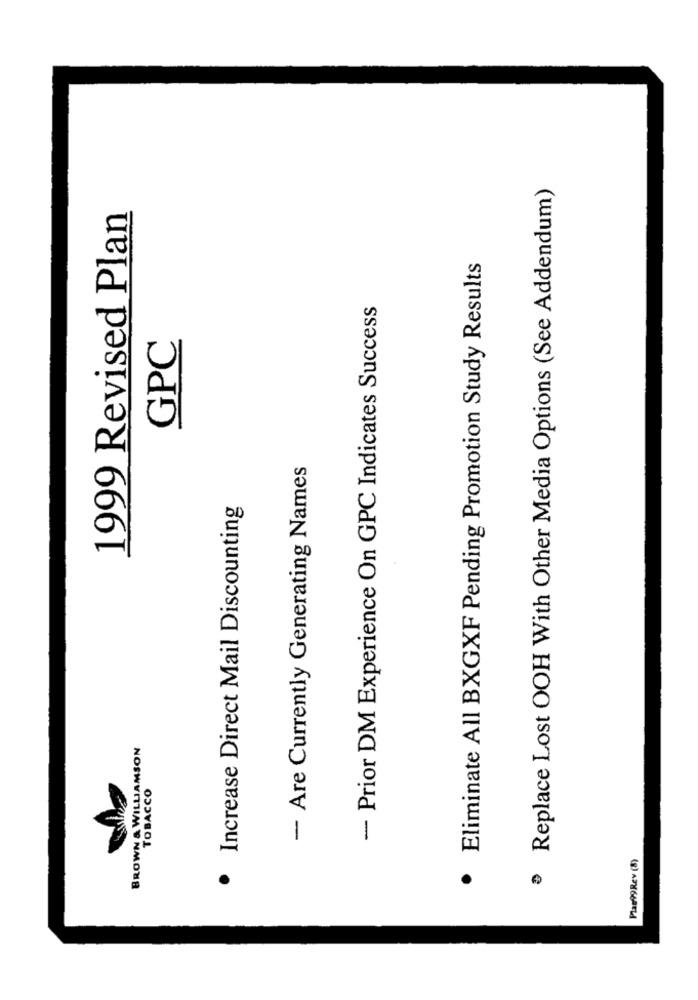
Replace Lost OOH With Other Media Options (See Addendum)
1999 Revised Plan
. Eliminate All BXGXF Pending Promotion Study Results
- Prior DM Experience On GPC Indicates Success
GPC
- Are Currently Generating Names
Increase Direct Mail Discounting
BROWN & WILLIAMSON
TOBACCO
Plas99Rev (8)